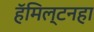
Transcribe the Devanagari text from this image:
हॅमिल्टनहा